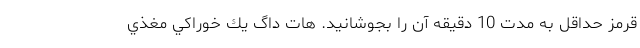
قرمز حداقل به مدت 10 دقيقه آن را بجوشانيد. هات داگ يك خوراكي مغذي